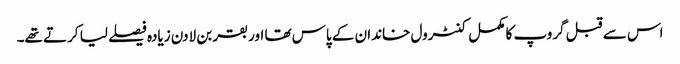
اس سے قبل گروپ کا مکمل کنٹرول خاندان کے پاس تھا اور بقر بن لادن زیادہ فیصلے لیا کرتے تھے۔